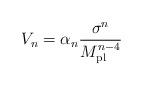
LaTeX: \begin{align*}V_{n} = \alpha_{n}\frac{\sigma^n}{M_{\rm pl}^{n-4}}\end{align*}